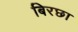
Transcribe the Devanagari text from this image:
बिरछा